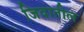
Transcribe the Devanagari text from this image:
जिवातील